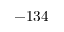
- 1 3 4